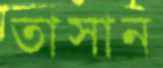
তাসান